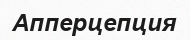
Апперцепция